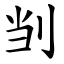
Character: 㓥